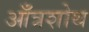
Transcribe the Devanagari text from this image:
आँत्रशोथ